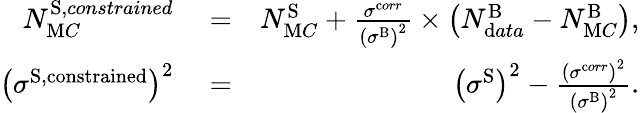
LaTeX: \begin{array}{rlr}{N_{\textrm MC}^{\textrm S,constrained}}&{{}=}&{N_{\textrm MC}^{\textrm S}+\frac{{\sigma}^{\textrm corr}}{\left({\sigma}^{\textrm B}\right)^{2}}\times\left(N_{\textrm data}^{\textrm B}-N_{\textrm MC}^{\textrm B}\right),}\\ {\left({\sigma}^{\textrm{S,constrained}}\right)^{2}}&{{}=}&{\left({\sigma}^{\textrm{S}}\right)^{2}-\frac{\left({\sigma}^{\textrm corr}\right)^{2}}{\left({\sigma}^{\textrm B}\right)^{2}}.}\end{array}